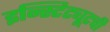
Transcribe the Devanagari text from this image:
इन्स्टिट्यूटची